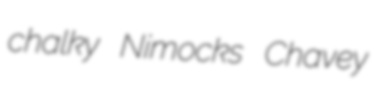
chalky Nimocks Chavey